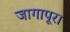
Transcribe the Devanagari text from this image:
जागापूरा